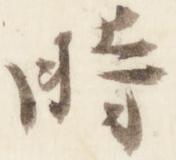
時